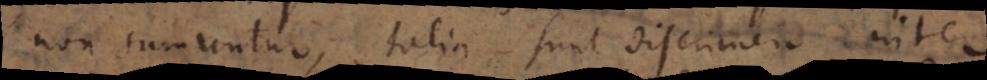
non sumuntur, talia sunt discrimen inter